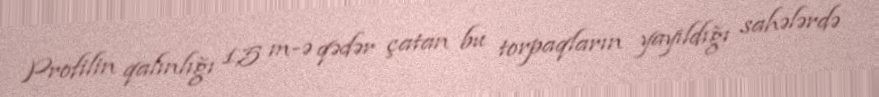
Profilin qalınlığı 1,5 m-ə qədər çatan bu torpaqların yayıldığı sahələrdə